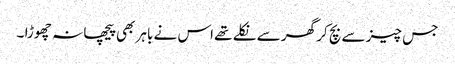
جس چیز سے بچ کر گھر سے نکلے تھے اس نے باہر بھی پیچھا نہ چھوڑا ۔